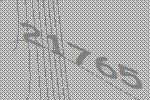
21765